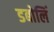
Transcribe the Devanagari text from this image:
डबोलिं